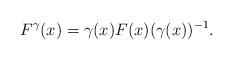
LaTeX: \begin{align*}F^\gamma(x)=\gamma(x) F(x)(\gamma(x))^{-1}.\end{align*}